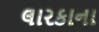
લારકાના